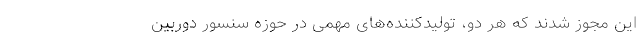
این مجوز شدند که هر دو، تولیدکننده‌های مهمی در حوزه سنسور دوربین